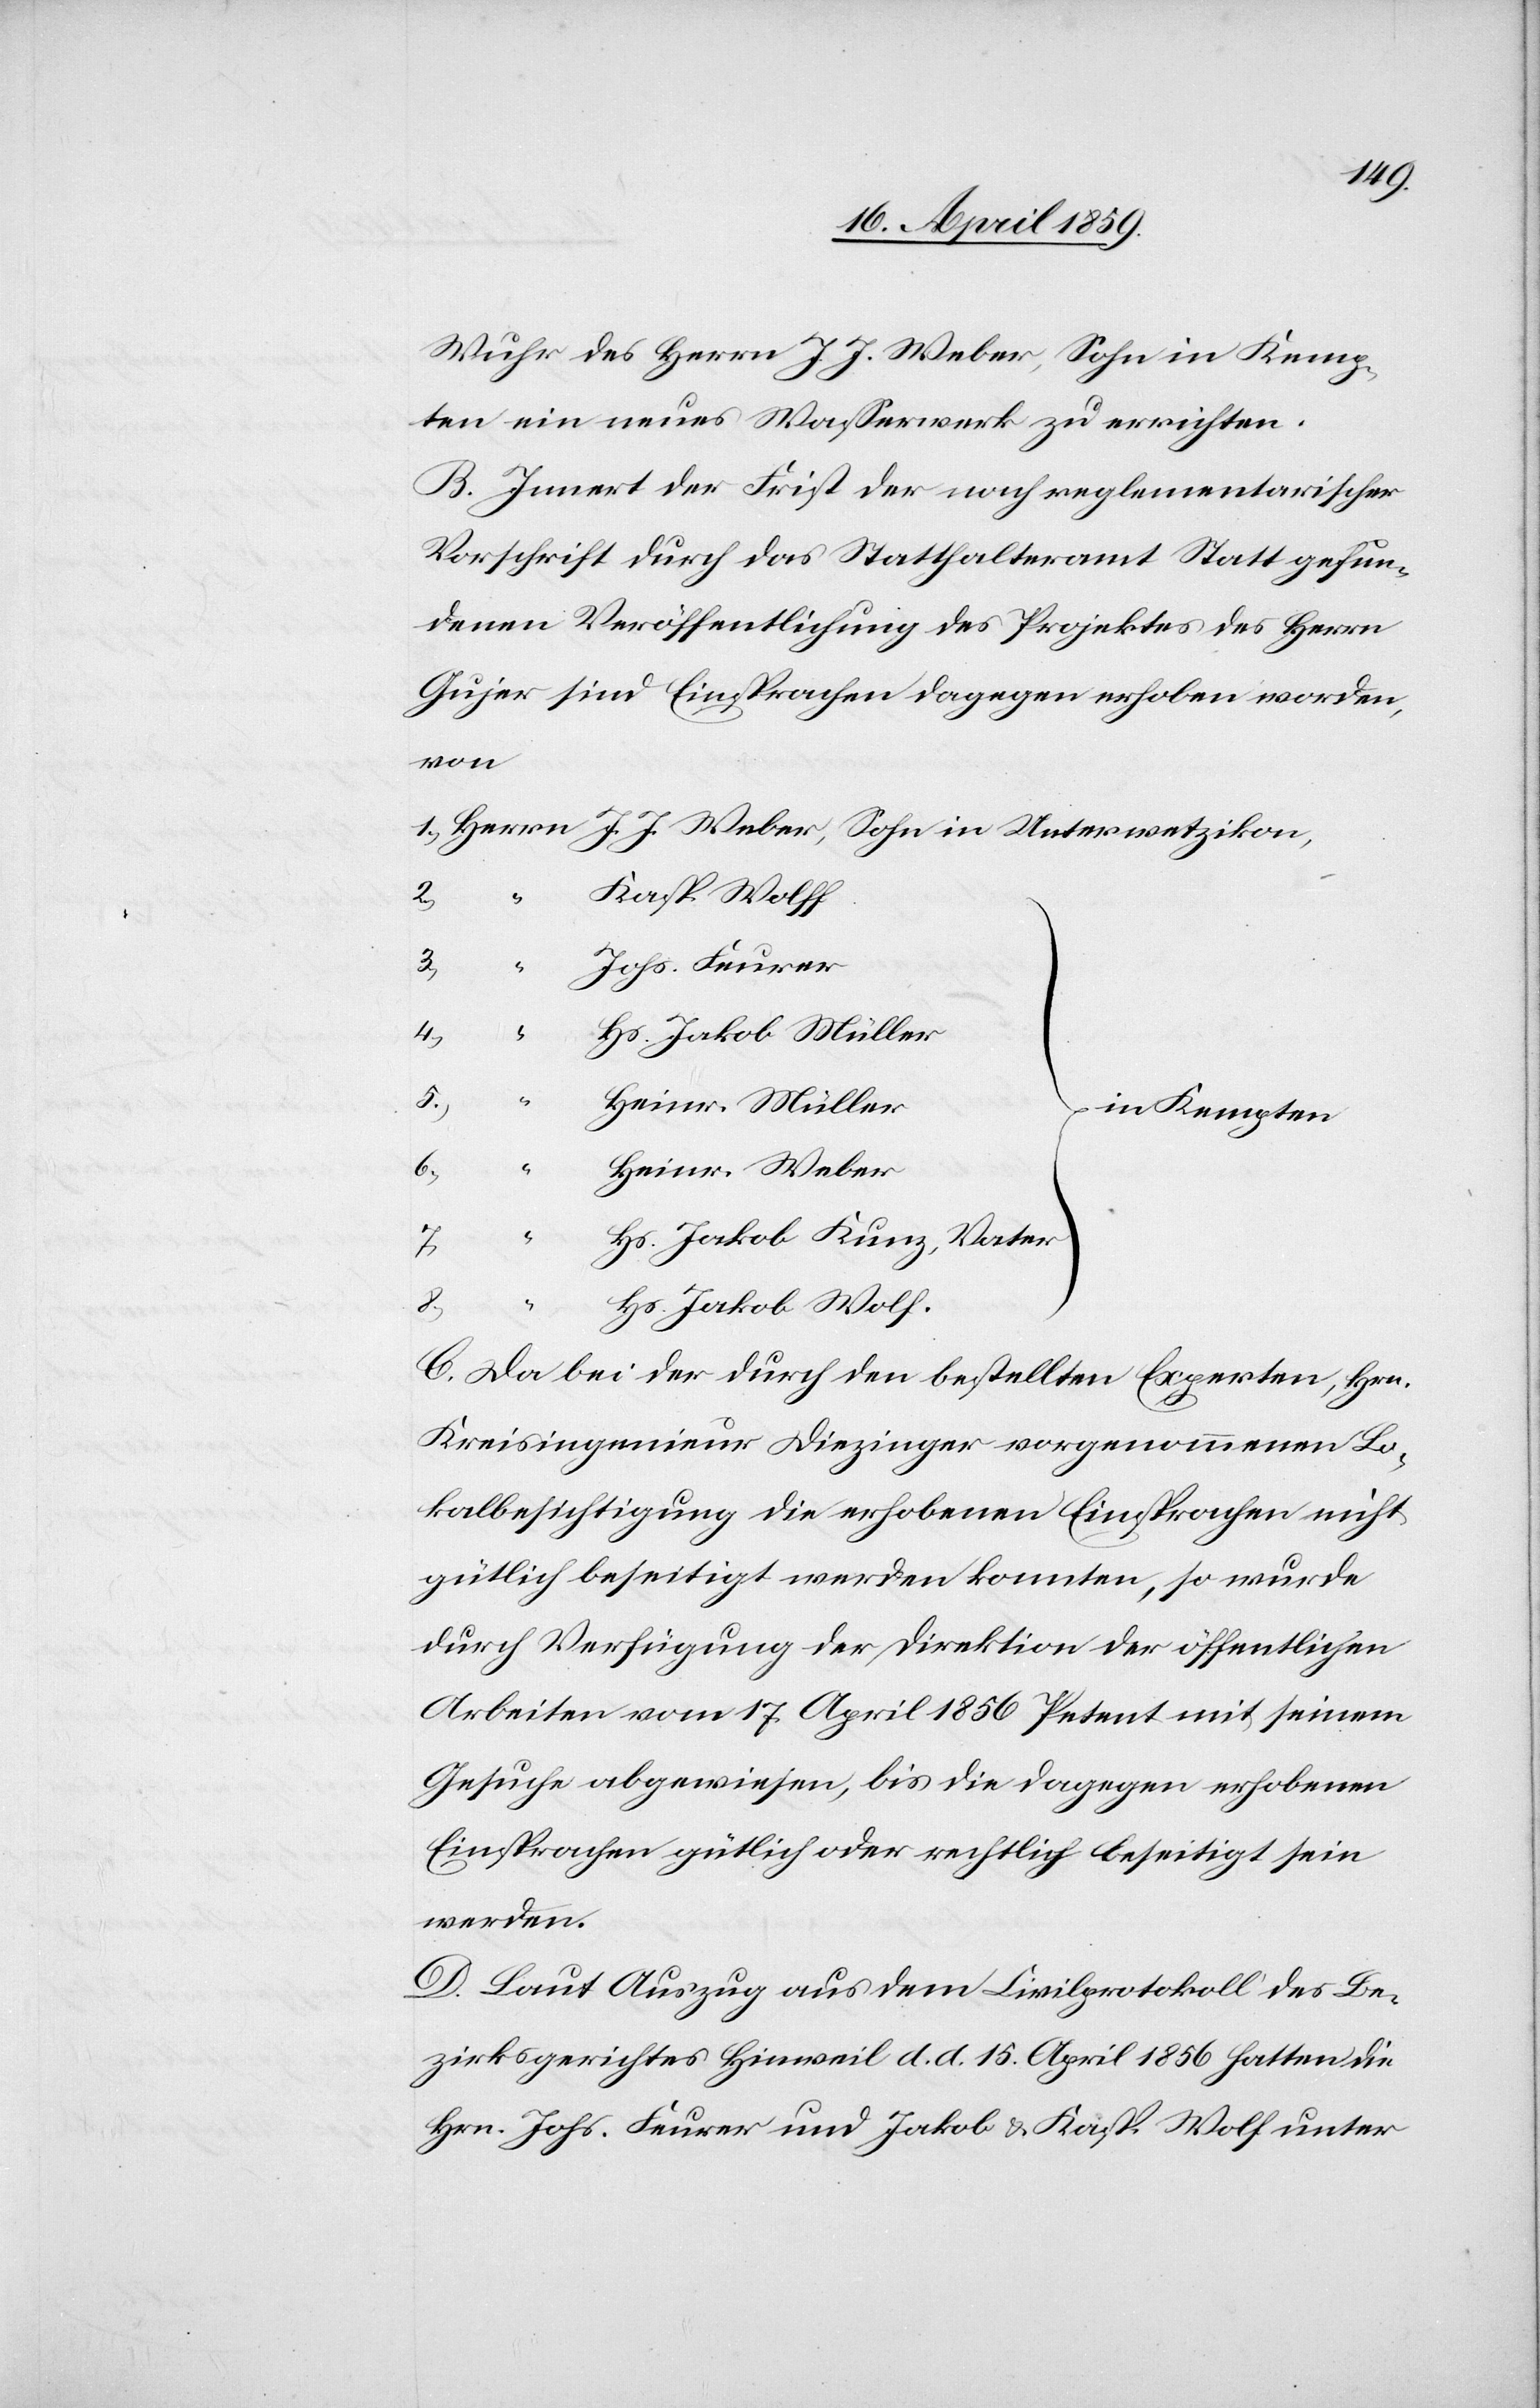
Wuhr des Herrn J. J. Weber, Sohn in Kemp¬
ten ein neues Waßerwerk zu errichten.
B. Innert der Frist der nach reglementarischer
Vorschrift durch das Statthalteramt Statt gefun¬
denen Veröffentlichung des Projektes des Herrn
Gujer sind Einsprachen dagegen erhoben worden,
wetzikon,
Kasp. Wolff
3)
Johs. Feurer
4)
Hs. Jakob Müller
5)
“
J.
Heinr. Müller
in Kempten
6)
Heinr. Weber
“
Hs. Jakob Kunz, Vater
“
Hs. Jakob Wolf.
C. Da bei der durch den bestellten Experten, Hrn.
Kreisingenieur Diezinger vorgenommenen Lo¬
kalbesichtigung die erhobenen Einsprachen nicht
gütlich beseitigt werden konnten, so wurde
durch Verfügung der Direktion der öffentlichen
Arbeiten vom 17. April 1856 Petent mit seinem
Gesuche abgewiesen, bis die dagegen erhobenen
Einsprachen gütlich oder rechtlich beseitigt sein
werden.
D. Laut Auszug aus dem Civilprotokoll des Be¬
zirksgerichtes Hinweil d. d. 15. April 1856 hatten die
Hrn. Johs. Feurer und Jakob & Kasp. Wolf unter